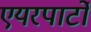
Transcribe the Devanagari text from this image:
एयरपार्टो